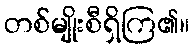
တစ်မျိုးစီရှိကြ၏။